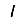
Digit: 1